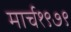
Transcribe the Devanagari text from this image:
मार्च१९७९